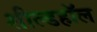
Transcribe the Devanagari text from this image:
शील्डहॉल